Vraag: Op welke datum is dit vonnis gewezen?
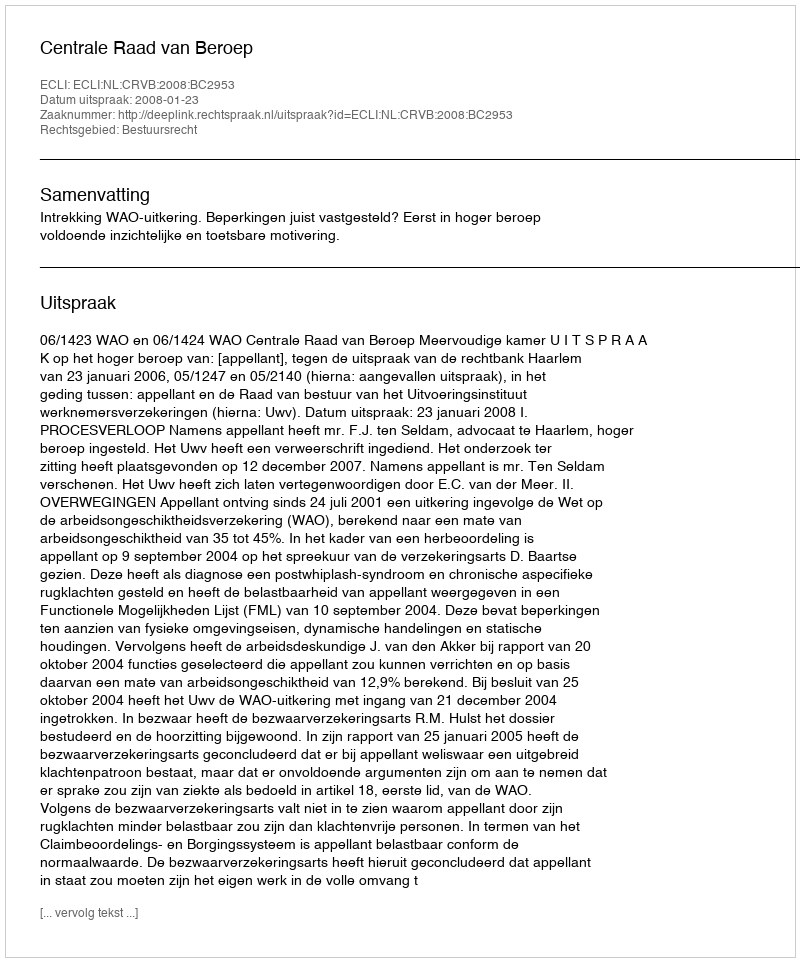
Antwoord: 2008-01-23